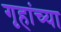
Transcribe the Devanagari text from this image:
गृहांच्या